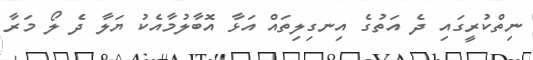
ނިތްކުރީގައި ދެ އަތުގެ އިނގިލިތައް އަޅާ އޮބާލުމާއެކު ޔަލާ ދެ ލޯ މަރާ